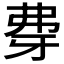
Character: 𰐖